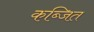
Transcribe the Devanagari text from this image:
कब्जित